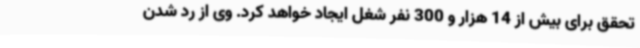
تحقق برای بیش از 14 هزار و 300 نفر شغل ایجاد خواهد کرد. وی از رد شدن